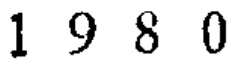
$1\ 9\ 8\ 0$